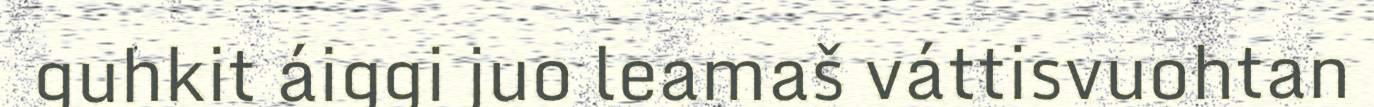
guhkit áiggi juo leamaš váttisvuohtan